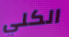
الكلي